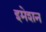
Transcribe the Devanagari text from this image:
इमेशन